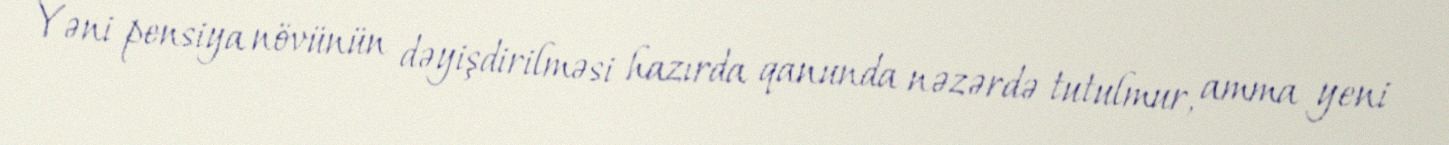
Yəni pensiya növünün dəyişdirilməsi hazırda qanunda nəzərdə tutulmur, amma yeni